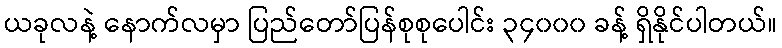
ယခုလနဲ့ နောက်လမှာ ပြည်တော်ပြန်စုစုပေါင်း ၃၄၀၀၀ ခန့် ရှိနိုင်ပါတယ်။